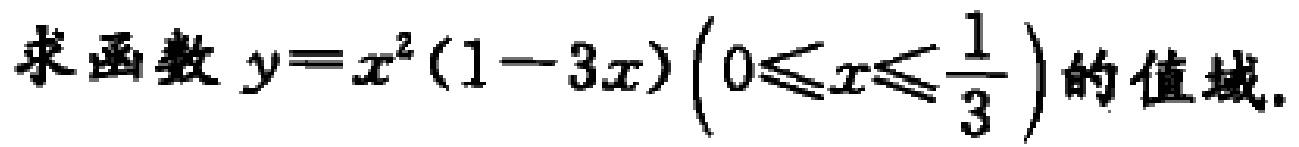
求函数 \(y = x^{2}(1 - 3x)\left(0\leqslant x\leqslant\frac{1}{3}\right)\) 的值域.